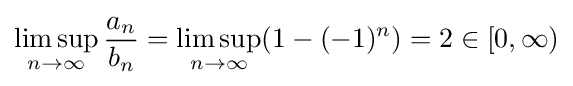
\limsup _{n\to \infty }{\frac {a_{n}}{b_{n}}}=\limsup _{n\to \infty }(1-(-1)^{n})=2\in [0,\infty )